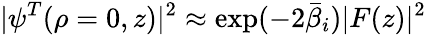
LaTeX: |\psi^{T}(\rho=0,z)|^{2}\approx\exp(-2\bar{\beta}_{i})|F(z)|^{2}